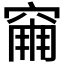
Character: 𥧀